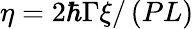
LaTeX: \eta=2\hbar\Gamma\xi/\left(PL\right)